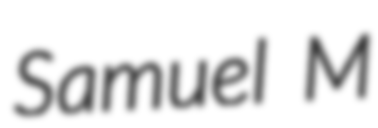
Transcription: Samuel M